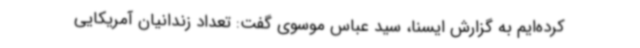
کرده‌ایم به گزارش ایسنا، سید عباس موسوی گفت: تعداد زندانیان آمریکایی